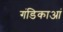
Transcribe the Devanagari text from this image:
गंडिकाआं